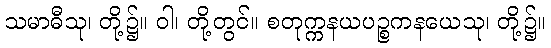
သမာဓီသု၊ တို့၌။ ဝါ၊ တို့တွင်။ စတုက္ကနယပဉ္စကနယေသု၊ တို့၌။